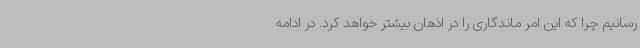
رسانیم چرا که این امر ماندگاری را در اذهان بیشتر خواهد کرد. در ادامه